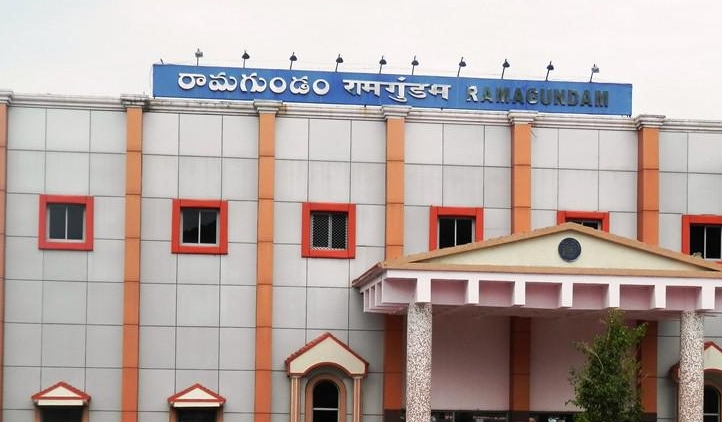
Language: telugu
Transcription: రామగుండం